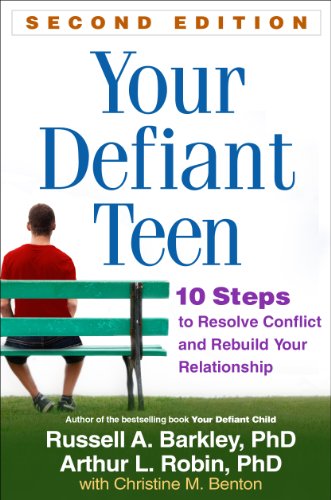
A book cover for Your Defiant Teen, Second Edition: 10 Steps to Resolve Conflict and Rebuild Your Relationship; Russell A. Barkley PhD  ABPP  ABCN; Medical Books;